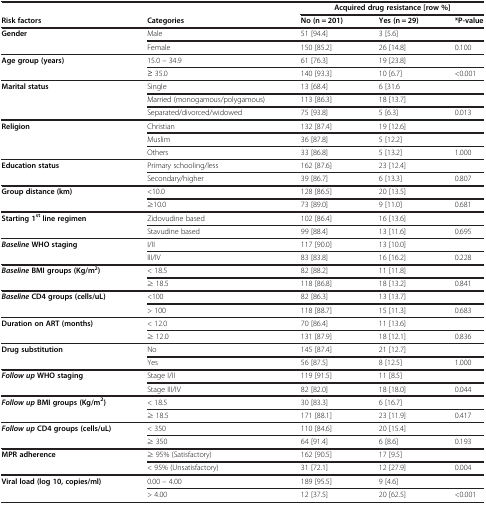
<table><thead><tr><td colspan="2"><b> </b></td><td colspan="3"><b>Acquired drug resistance [row %]</b></td></tr><tr><td><b>Risk factors</b></td><td><b>Categories</b></td><td><b>No (n = 201)</b></td><td><b>Yes (n = 29)</b></td><td><b>*P-value</b></td></tr></thead><tbody><tr><td rowspan="2"><b>Gender</b></td><td>Male</td><td>51 [94.4]</td><td>3 [5.6]</td><td> </td></tr><tr><td>Female</td><td>150 [85.2]</td><td>26 [14.8]</td><td>0.100</td></tr><tr><td rowspan="2"><b>Age group (years)</b></td><td>15.0 – 34.9</td><td>61 [76.3]</td><td>19 [23.8]</td><td> </td></tr><tr><td>≥ 35.0</td><td>140 [93.3]</td><td>10 [6.7]</td><td>&lt;0.001</td></tr><tr><td rowspan="3"><b>Marital status</b></td><td>Single</td><td>13 [68.4]</td><td>6 [31.6</td><td> </td></tr><tr><td>Married (monogamous/polygamous)</td><td>113 [86.3]</td><td>18 [13.7]</td><td> </td></tr><tr><td>Separated/divorced/widowed</td><td>75 [93.8]</td><td>5 [6.3]</td><td>0.013</td></tr><tr><td rowspan="3"><b>Religion</b></td><td>Christian</td><td>132 [87.4]</td><td>19 [12.6]</td><td> </td></tr><tr><td>Muslim</td><td>36 [87.8]</td><td>5 [12.2]</td><td> </td></tr><tr><td>Others</td><td>33 [86.8]</td><td>5 [13.2]</td><td>1.000</td></tr><tr><td rowspan="2"><b>Education status</b></td><td>Primary schooling/less</td><td>162 [87.6]</td><td>23 [12.4]</td><td> </td></tr><tr><td>Secondary/higher</td><td>39 [86.7]</td><td>6 [13.3]</td><td>0.807</td></tr><tr><td rowspan="2"><b>Group distance (km)</b></td><td>&lt;10.0</td><td>128 [86.5]</td><td>20 [13.5]</td><td> </td></tr><tr><td>≥10.0</td><td>73 [89.0]</td><td>9 [11.0]</td><td>0.681</td></tr><tr><td rowspan="2"><b>Starting 1</b><sup><b>st </b></sup><b>line regimen</b></td><td>Zidovudine based</td><td>102 [86.4]</td><td>16 [13.6]</td><td> </td></tr><tr><td>Stavudine based</td><td>99 [88.4]</td><td>13 [11.6]</td><td>0.695</td></tr><tr><td rowspan="2"><b><i>Baseline </i></b><b>WHO staging</b></td><td>I/II</td><td>117 [90.0]</td><td>13 [10.0]</td><td> </td></tr><tr><td>III/IV</td><td>83 [83.8]</td><td>16 [16.2]</td><td>0.228</td></tr><tr><td rowspan="2"><b><i>Baseline </i></b><b>BMI groups (Kg/m</b><sup><b>2</b></sup><b>)</b></td><td>&lt; 18.5</td><td>82 [88.2]</td><td>11 [11.8]</td><td> </td></tr><tr><td>≥ 18.5</td><td>118 [86.8]</td><td>18 [13.2]</td><td>0.841</td></tr><tr><td rowspan="2"><b><i>Baseline </i></b><b>CD4 groups (cells/uL)</b></td><td>&lt;100</td><td>82 [86.3]</td><td>13 [13.7]</td><td> </td></tr><tr><td>&gt; 100</td><td>118 [88.7]</td><td>15 [11.3]</td><td>0.683</td></tr><tr><td rowspan="2"><b>Duration on ART (months)</b></td><td>&lt; 12.0</td><td>70 [86.4]</td><td>11 [13.6]</td><td> </td></tr><tr><td>≥ 12.0</td><td>131 [87.9]</td><td>18 [12.1]</td><td>0.836</td></tr><tr><td rowspan="2"><b>Drug substitution</b></td><td>No</td><td>145 [87.4]</td><td>21 [12.7]</td><td> </td></tr><tr><td>Yes</td><td>56 [87.5]</td><td>8 [12.5]</td><td>1.000</td></tr><tr><td rowspan="2"><b><i>Follow up </i></b><b>WHO staging</b></td><td>Stage I/II</td><td>119 [91.5]</td><td>11 [8.5]</td><td> </td></tr><tr><td>Stage III/IV</td><td>82 [82.0]</td><td>18 [18.0]</td><td>0.044</td></tr><tr><td rowspan="2"><b><i>Follow up </i></b><b>BMI groups (Kg/m</b><sup><b>2</b></sup><b>)</b></td><td>&lt; 18.5</td><td>30 [83.3]</td><td>6 [16.7]</td><td> </td></tr><tr><td>≥ 18.5</td><td>171 [88.1]</td><td>23 [11.9]</td><td>0.417</td></tr><tr><td rowspan="2"><b><i>Follow up </i></b><b>CD4 groups (cells/uL)</b></td><td>&lt; 350</td><td>110 [84.6]</td><td>20 [15.4]</td><td> </td></tr><tr><td>≥ 350</td><td>64 [91.4]</td><td>6 [8.6]</td><td>0.193</td></tr><tr><td rowspan="2"><b>MPR adherence</b></td><td>≥ 95% (Satisfactory)</td><td>162 [90.5]</td><td>17 [9.5]</td><td> </td></tr><tr><td>&lt; 95% (Unsatisfactory)</td><td>31 [72.1]</td><td>12 [27.9]</td><td>0.004</td></tr><tr><td><b>Viral load (log 10, copies/ml)</b></td><td>0.00 – 4.00</td><td>189 [95.5]</td><td>9 [4.6]</td><td> </td></tr><tr><td> </td><td>&gt; 4.00</td><td>12 [37.5]</td><td>20 [62.5]</td><td>&lt;0.001</td></tr></tbody></table>